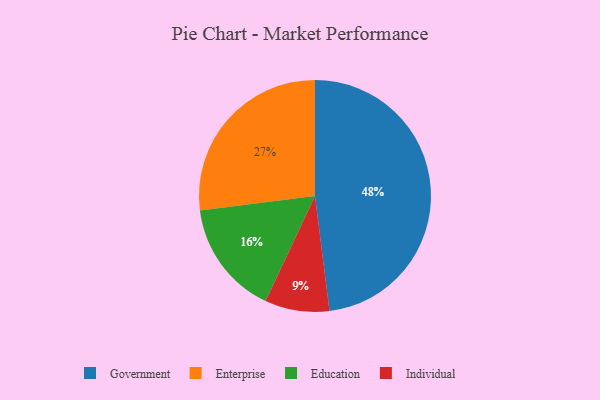
{"axis": {"x": "Category", "y": "Percentage"}, "legend": ["Education", "Enterprise", "Government", "Individual"], "data": [{"x": "Government", "y": 48, "type": "Government"}, {"x": "Enterprise", "y": 27, "type": "Enterprise"}, {"x": "Education", "y": 16, "type": "Education"}, {"x": "Individual", "y": 9, "type": "Individual"}]}